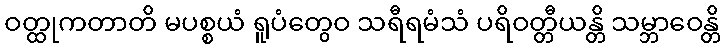
ဝတ္ထုကတာတိ မပစ္စယံ ရူပံတွေဝ သရီရမံသံ ပရိဝတ္တီယန္တိ သမ္ဘာဝေန္တိ